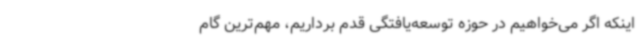
اینکه اگر می‌خواهیم در حوزه توسعه‌یافتگی قدم برداریم، مهم‌ترین گام